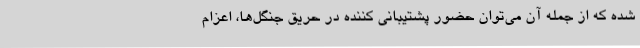
شده که از جمله آن می‌توان حضور پشتیبانی کننده در حریق جنگل‌ها، اعزام